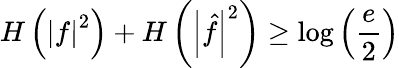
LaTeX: H\left(\left|f\right|^{2}\right)+H\left(\left|{\hat{f}}\right|^{2}\right)\geq\log\left({\frac{e}{2}}\right)